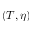
( T , \eta )